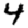
Digit: 4